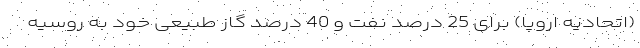
(اتحادیه اروپا) برای 25 درصد نفت و 40 درصد گاز طبیعی خود به روسیه